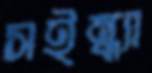
সইন্ধ্যা